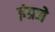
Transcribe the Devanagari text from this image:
इंग्रजे